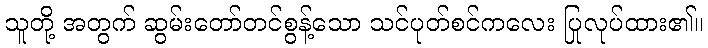
သူတို့ အတွက် ဆွမ်းတော်တင်စွန့်သော သင်ပုတ်စင်ကလေး ပြုလုပ်ထား၏။